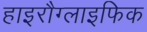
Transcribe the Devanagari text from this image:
हाइरौग्लाइफिक